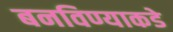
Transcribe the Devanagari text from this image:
बनविण्याकडे